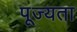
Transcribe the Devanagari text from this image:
पूज्यता